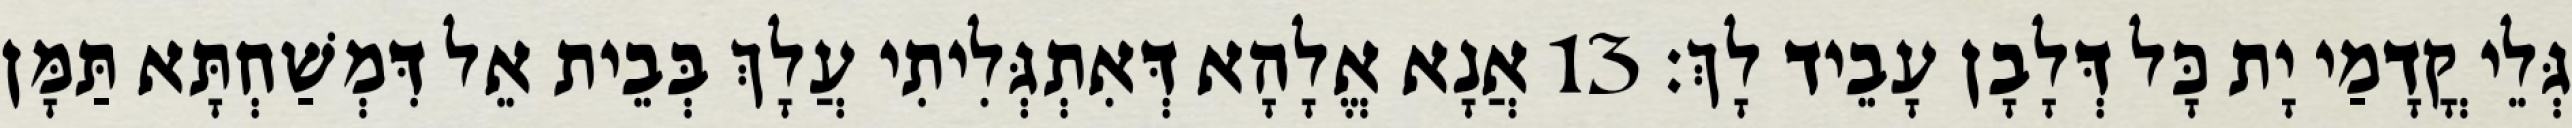
גְּלֵי קֳדָמַי יָת כָּל דְּלָבָן עָבֵיד לָךְ׃ 13 אֲנָא אֱלָהָא דְּאִתְגְּלִיתִי עֲלָךְ בְּבֵית אֵל דִּמְשַׁחְתָּא תַּמָּן